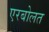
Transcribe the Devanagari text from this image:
एरबोलत